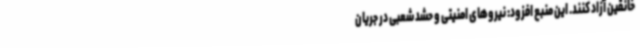
خانقین آزاد کنند. این منبع افزود: نیروهای امنیتی و حشد شعبی در جریان